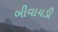
બીવાયડી